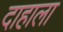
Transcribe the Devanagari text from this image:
दाहाला